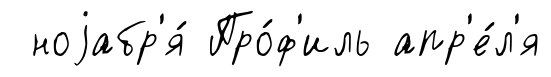
ноjабр'я́ Про́ф'иль апр'е́л'я